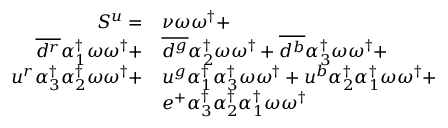
\begin{array} { r l } { S ^ { u } = } & { { \nu } \omega \omega ^ { \dagger } + } \\ { \overline { { d ^ { r } } } { \alpha _ { 1 } ^ { \dagger } } \omega \omega ^ { \dagger } + } & { \overline { { d ^ { g } } } { \alpha _ { 2 } ^ { \dagger } } \omega \omega ^ { \dagger } + \overline { { d ^ { b } } } { \alpha _ { 3 } ^ { \dagger } } \omega \omega ^ { \dagger } + } \\ { u ^ { r } { \alpha _ { 3 } ^ { \dagger } } { \alpha _ { 2 } ^ { \dagger } } \omega \omega ^ { \dagger } + } & { u ^ { g } { \alpha _ { 1 } ^ { \dagger } } { \alpha _ { 3 } ^ { \dagger } } \omega \omega ^ { \dagger } + u ^ { b } { \alpha _ { 2 } ^ { \dagger } } { \alpha _ { 1 } ^ { \dagger } } \omega \omega ^ { \dagger } + } \\ & { e ^ { + } { \alpha _ { 3 } ^ { \dagger } } { \alpha _ { 2 } ^ { \dagger } } { \alpha _ { 1 } ^ { \dagger } } \omega \omega ^ { \dagger } } \end{array}